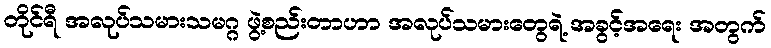
တိုင်ရီ အလုပ်သမားသမဂ္ဂ ဖွဲ့စည်းတာဟာ အလုပ်သမားတွေရဲ့ အခွင့်အရေး အတွက်